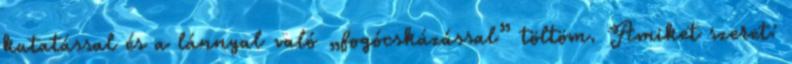
kutatással és a lánnyal való „fogócskázással” töltöm. Amiket szeret: